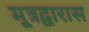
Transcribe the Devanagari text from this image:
मूत्रद्वारास